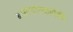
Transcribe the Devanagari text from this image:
बसस्थानकापैकी